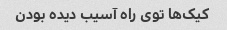
کیک‌ها توی راه آسیب دیده بودن